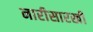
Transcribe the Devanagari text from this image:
नारीसारखी